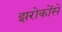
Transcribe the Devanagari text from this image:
झरोकोंसे